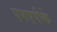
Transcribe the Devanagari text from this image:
एमएपीके